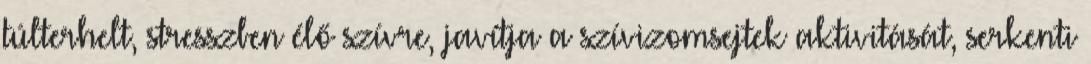
túlterhelt, stresszben élő szívre, javítja a szívizomsejtek aktivitását, serkenti